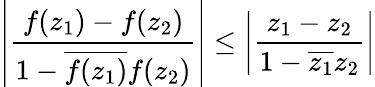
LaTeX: \left|{\frac{f(z_{1})-f(z_{2})}{1-{\overline{{f(z_{1})}}}f(z_{2})}}\right|\leq\left|{\frac{z_{1}-z_{2}}{1-{\overline{{z_{1}}}}z_{2}}}\right|